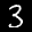
Label: 3